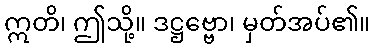
ဣတိ၊ ဤသို့။ ဒဋ္ဌဗ္ဗော၊ မှတ်အပ်၏။